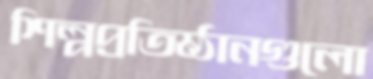
শিল্পপ্রতিষ্ঠানগুলো